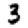
Digit: 3